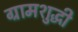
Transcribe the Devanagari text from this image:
ग्रामशुद्धी